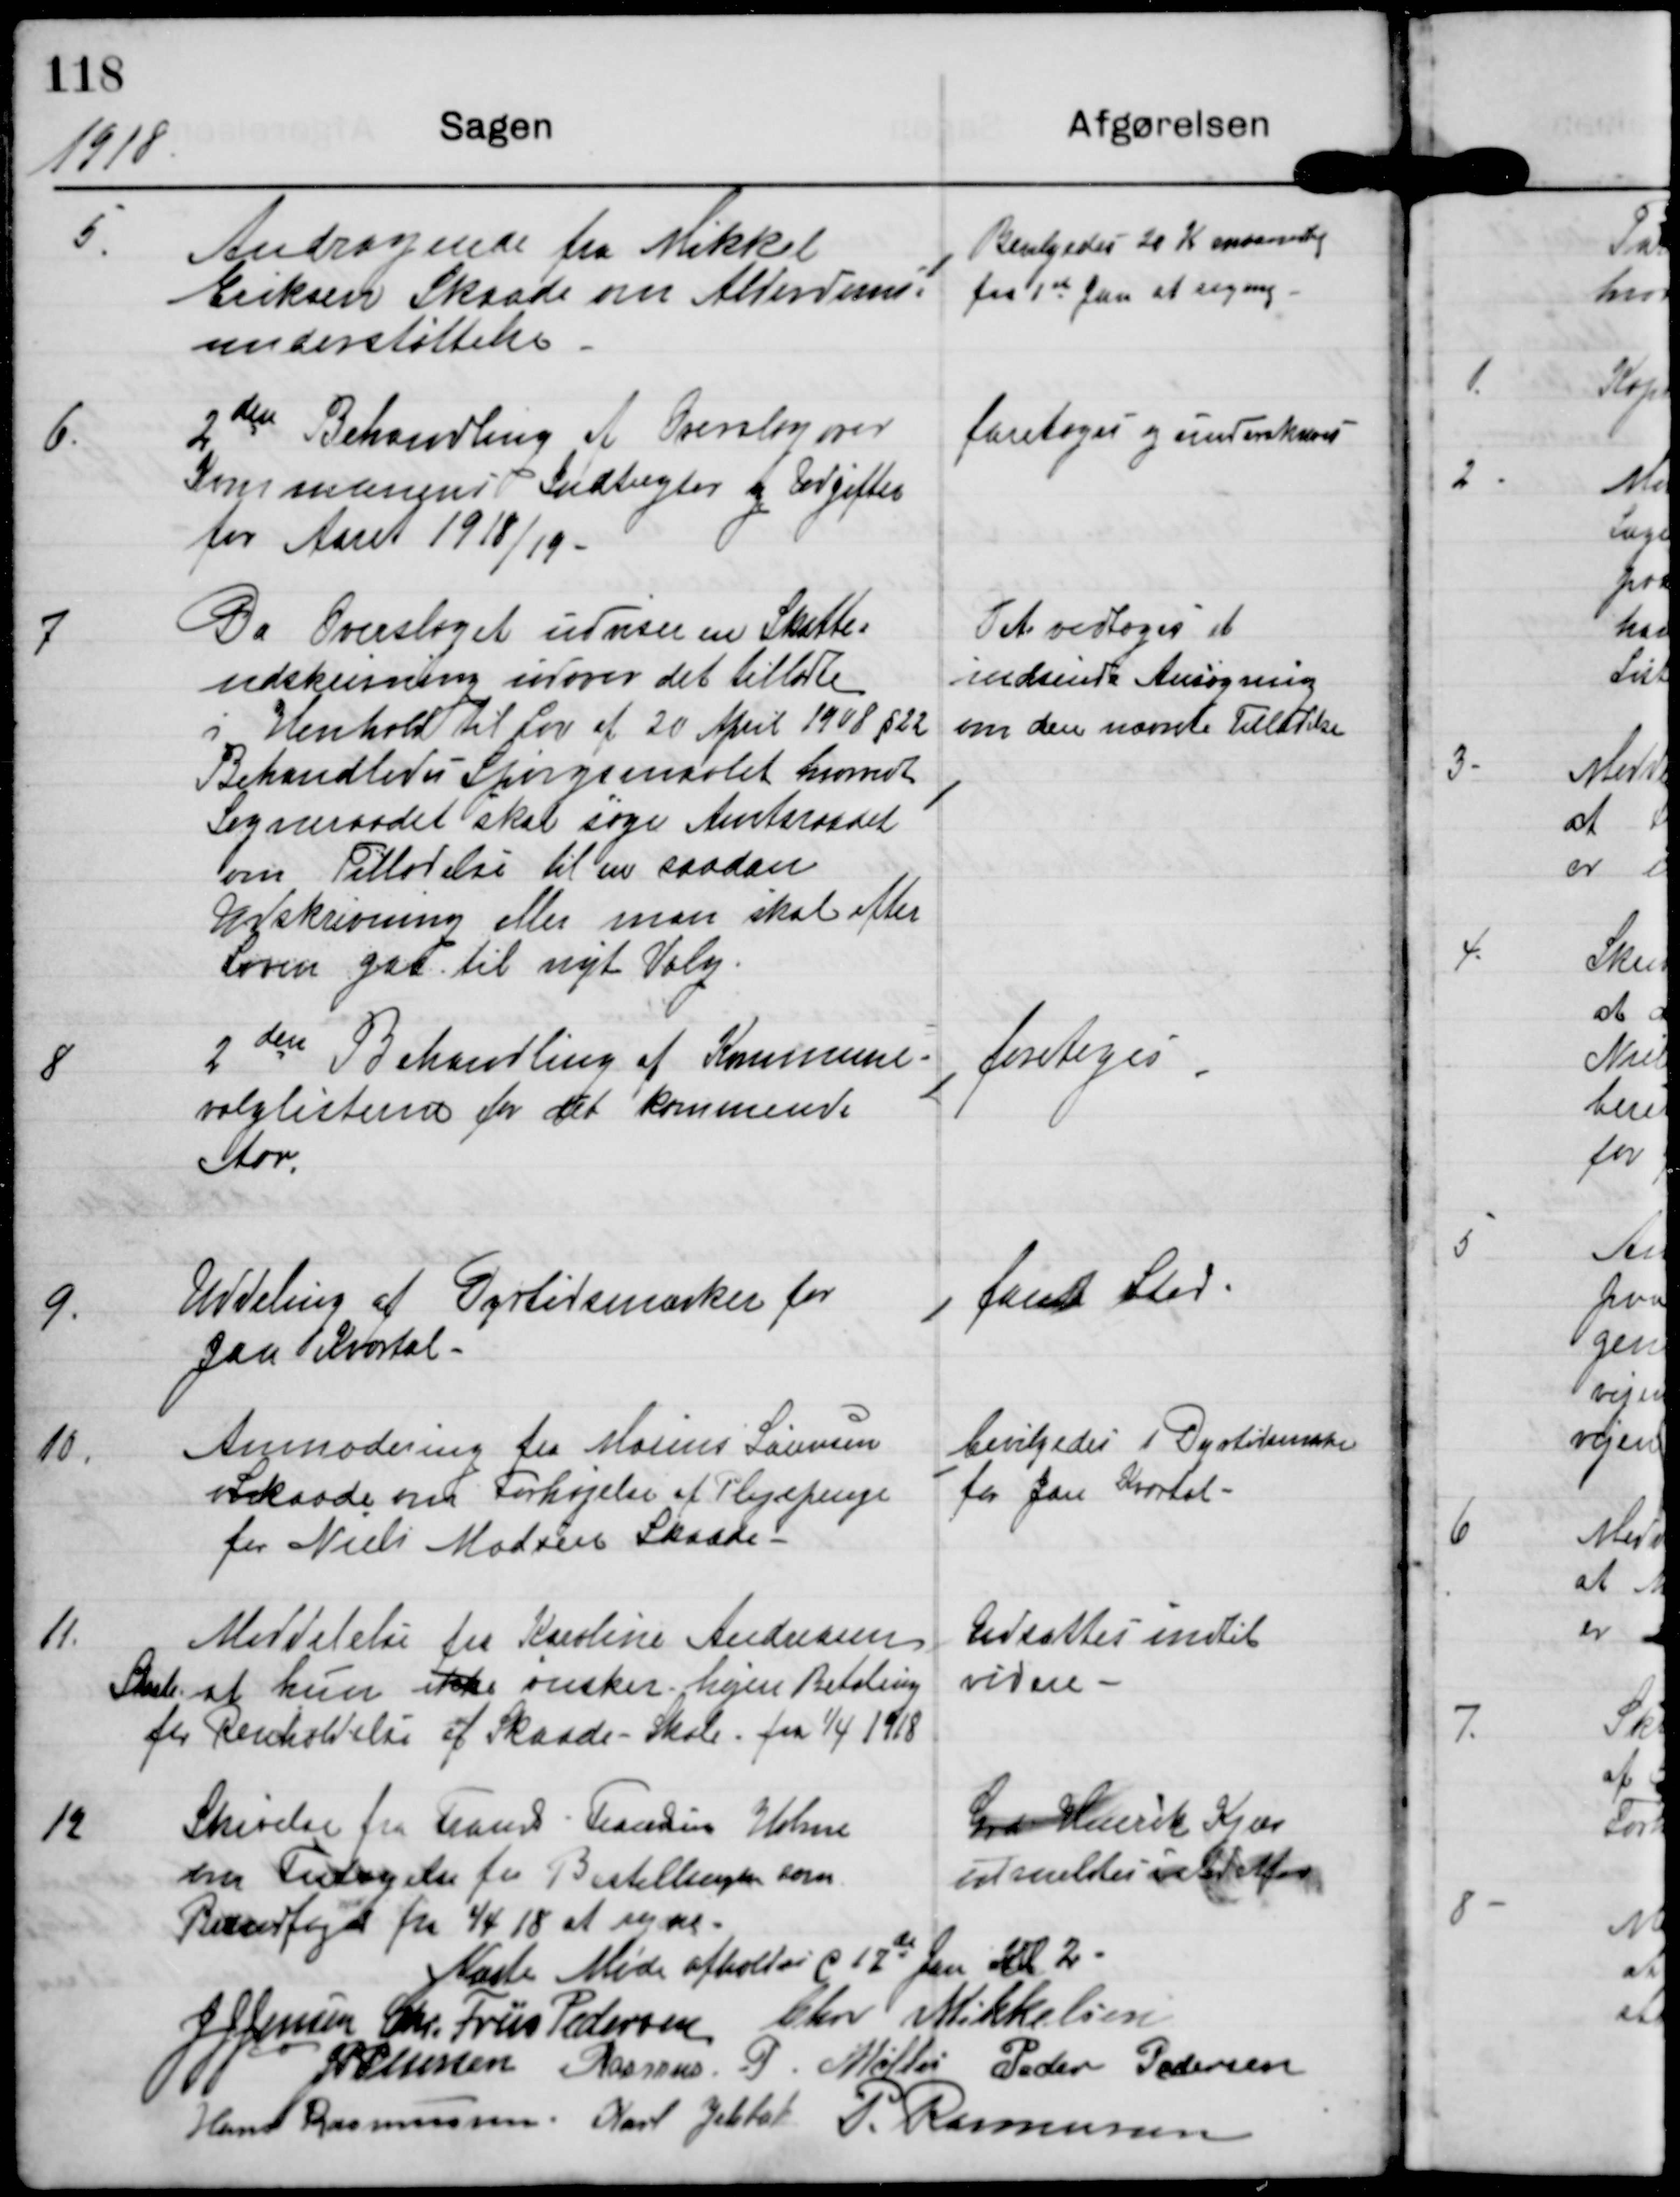
Transskription:
1918

5.

Andragende fra Mikkel
Eriksen Skaade om Alderdoms-
understøttelse.

Bevilgedes 20 Kr maanedlig
fra 1st Jan at regne

6.

2den Behandling af Overslag over
Kommunens Indtægter og Udgifter
for Aaret 1918/19.

foretoges og underskreves

7

Da Overslaget udviser en Skatte-
udskrivning udover det tilladte
i Henhold til Lov af 20 April 1918 §22.
Behandlede Spørgsmaalet hvormed
Sogneraadet skal søge Amtsraadet
om Tilladelse til en saadan
Udskrivning eller man skal efter
Loven gaa til nyt Valg.

Det vedtoges at
indsende Ansøgning
om den nævnte Tilladelse

2 den Behandling af Kommune-
valglisterne for det kommende
Aar

foretoges

9.

Uddeling af Dyrtidsmærker for
Jan Kvartal.

fandt Sted.

10.

Anmodning fra Marius Sørensen
Skaade om Forhøjelse af Plejepenge
for Niels Madsen Skaade

bevilgedes 1 Dyrtidsmærke
for Jan Kvartal

11

Meddelelse fra Karoline Andersen
Skaade at hun ikke ønsker højere Betaling
for Renholdelse af Skaade Skole fra 1/4 1918

Udsattes indtil
videre

12

Skrivelse fra Frands Frandsen Holme
om Fritagelse for Bestillingen som
Brandfoged fra 1/4 18 at regne.

Gdr Henrik Kjær
indsættes i stedetfor

Næste Møde afholdes d 17de Jan Kl. 2

J J Jensen

Chr. Friis Pedersen

Chr Mikkelsen

J P Pedersen

Rasmus P. Møller

Peder Pedersen

Hans Rasmussen

Karl Jelsbak

P. Rasmussen